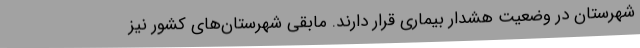
شهرستان در وضعیت هشدار بیماری قرار دارند. مابقی شهرستان‌های کشور نیز